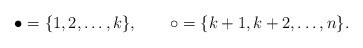
LaTeX: \begin{align*}\bullet =\{1,2,\ldots,k\},~~~~~~ \circ=\{k+1,k+2,\ldots,n\}.\end{align*}